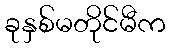
ခုနှစ်မတိုင်မီက